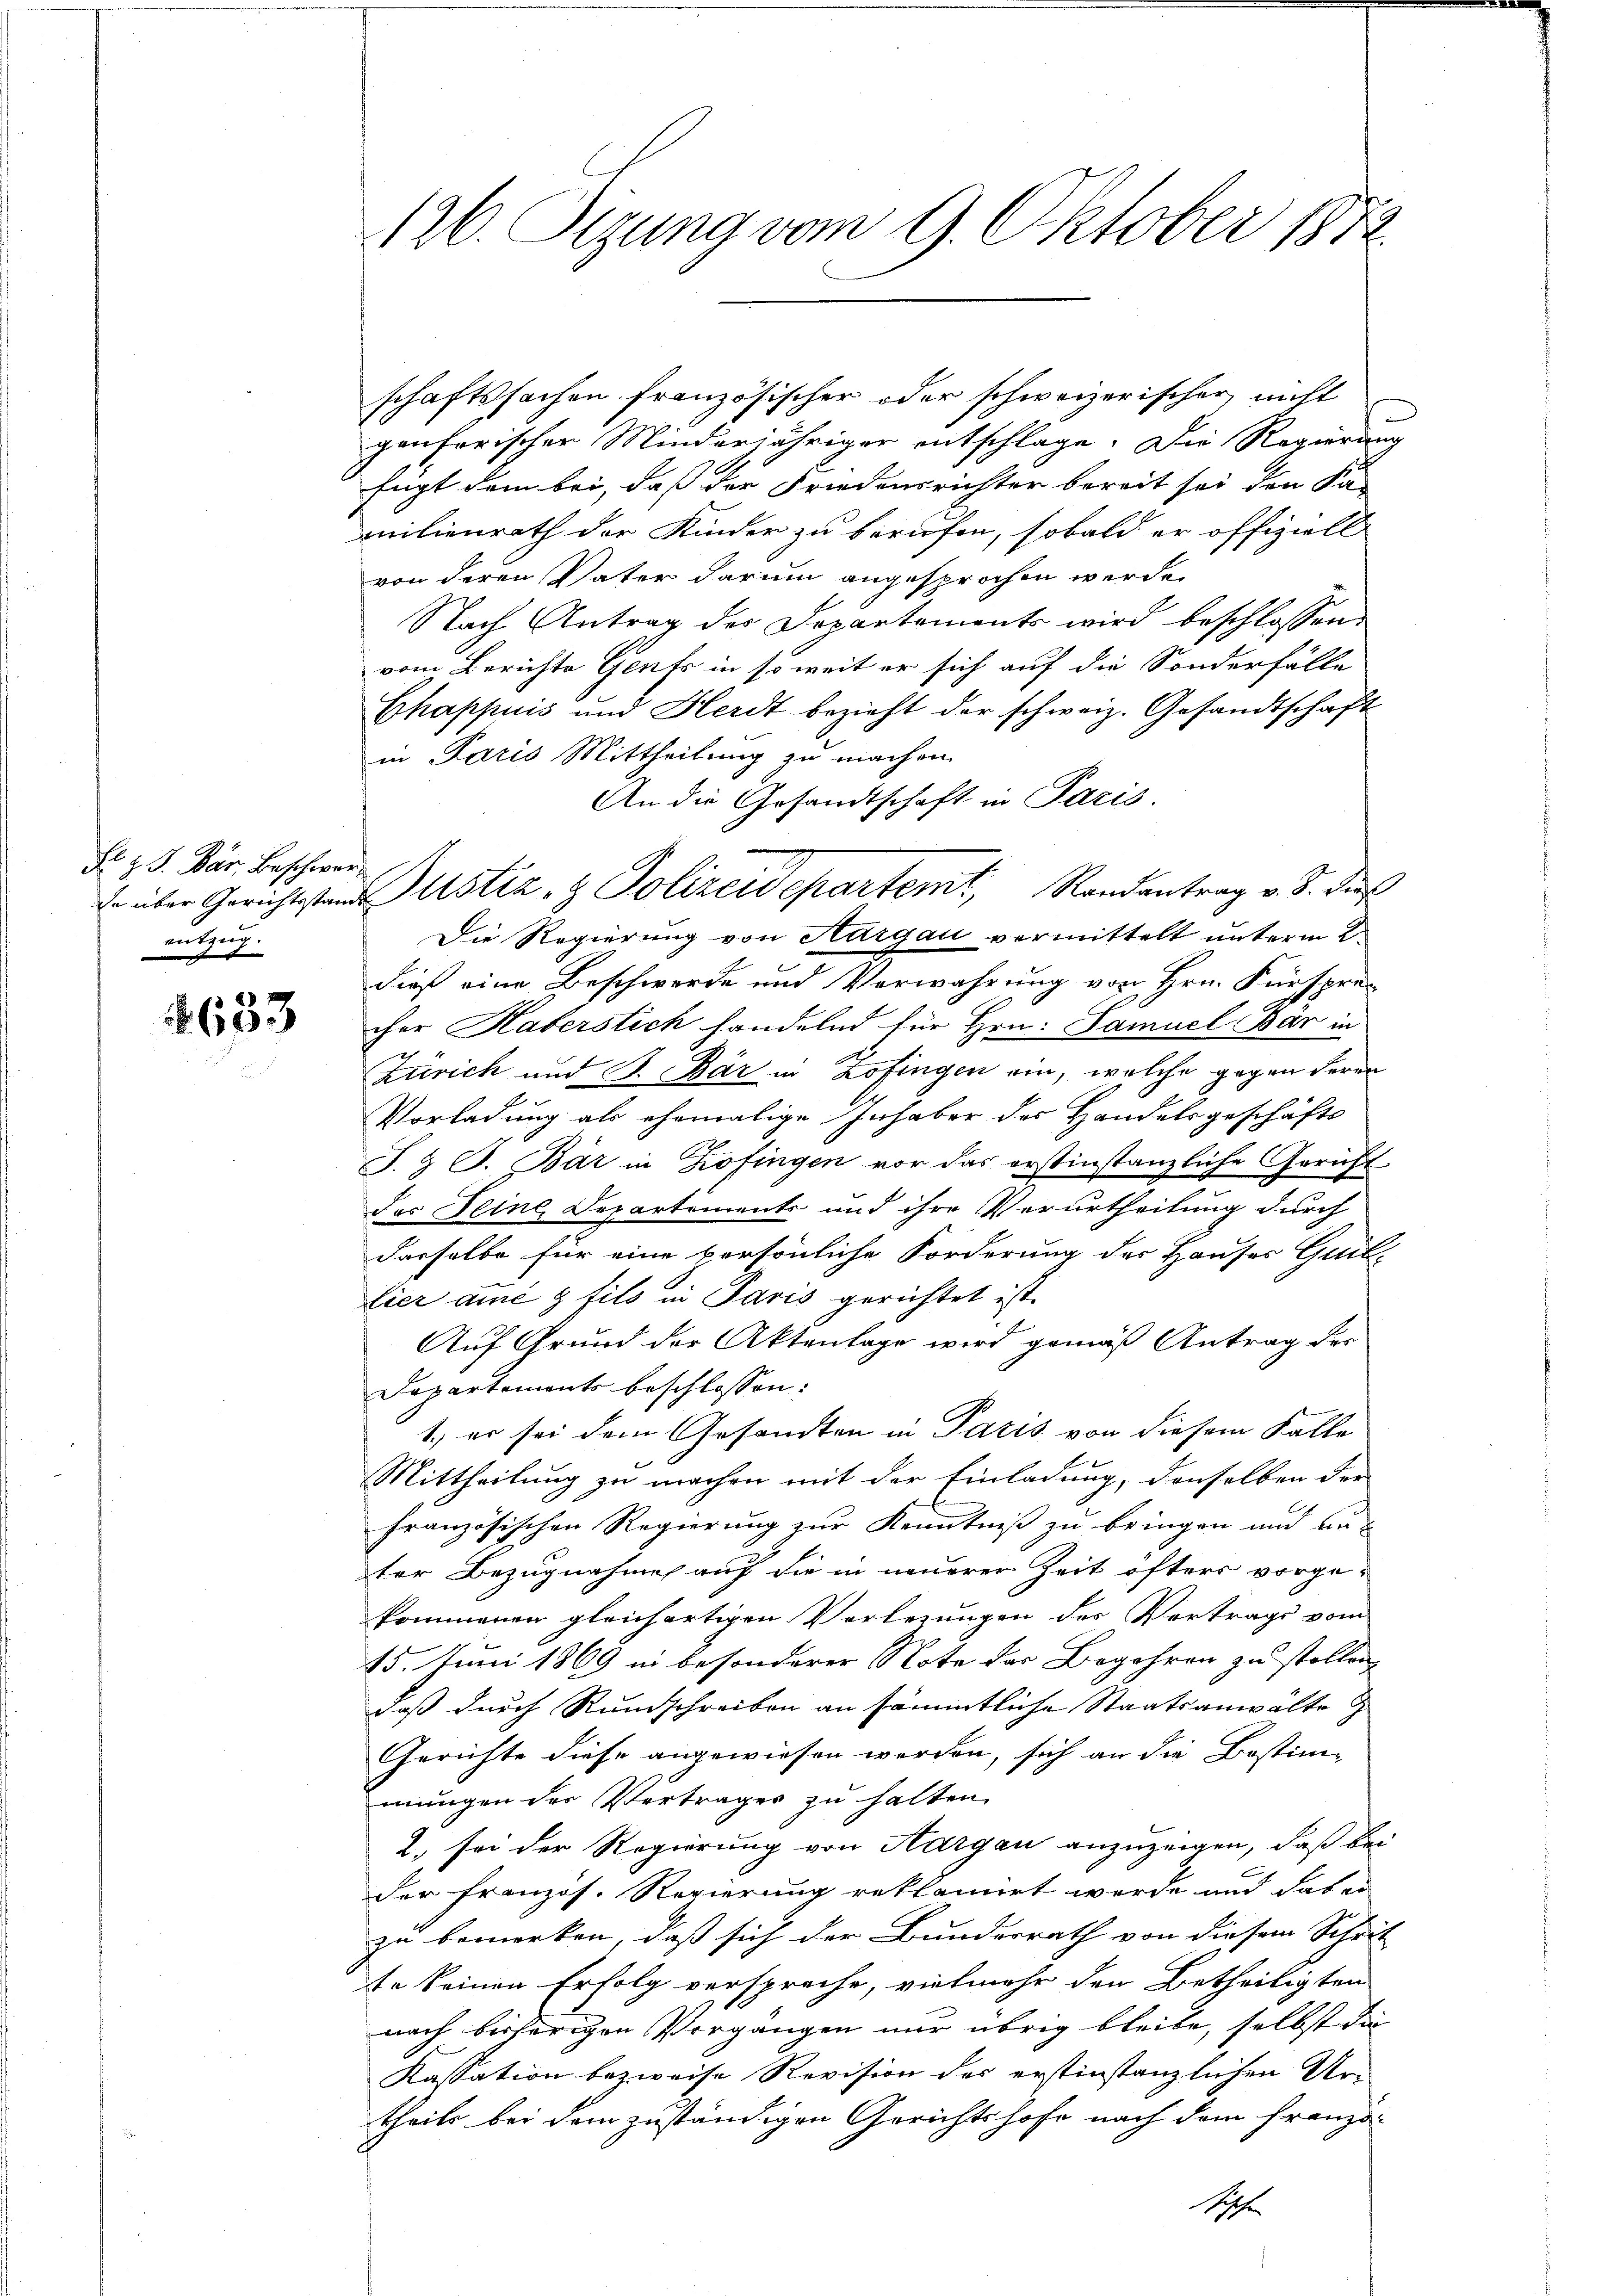
Sr H. J. Bär Beschwerz
vertig
 |
e

633

126. Sizung vom 9. Oktober 1872

schaftssachen französischer oder schweizerischer nicht
genferischer Minderjähriger entschlage. Die Regierung
fügt dem bei, daß der Friedensrichter bereit sei den Ka-
milienrath der Kinder zu berufen, sobald er offiziell
von deren Vater darum angesprochen werde.
Nach Antrag des Departements wird beschlossen:
vom Berichte Genfs in so weit er sich auf die Sonderfälle
Chappuis und Herdt bezieht der schweiz. Gesandtschaft
in Paris Mittheilung zu machen.
An die Gesandtschaft in Paris.
Die Regierung von Aargau vermittelt unterm 2
dieß eine Beschwerde und Verwahrung von Hrn. Fürspre-
cher Haberstich handelnd für Hrn. Samuel Bar in
Zürich und B. Bär in Zofingen ein, welche gegen deren
Vorladung als ehemalige Inhaber des Handelsgeschäfts
J. G. Bär in Zofingen vor das erstinstanzliche Gericht.
das eine Departements und ihre Verurtheilung durch
dasselbe für eine persönliche Forderung des Hauses Guil-
Eier ame & fils in Paris gerichtet ist.
Auf Grund der Aktenlage wird gemäß Antrag der
Departements beschlossen:
1.) er sei dem Gesandten in Paris von diesem Falle
Mittheilung zu machen mit der Einladung, denselben der
französischen Regierung zur Kenntniß zu bringen und au
ter Bezugnahme auf die in neuerer Zeit öfters vorgekommenen gleichartigen Verlegungen des Vertrags vom
15. Juni 1869 in besonderer Note der Begehren zu stollen,
daß durch Rundschreiben an sämmtliche Staatsanwälte
Gerichte diese angewiesen werden, sich an die Bestim-
mungen der Verträger zu halten.
2. sei der Regierung von Aargau anzuzeigen, daß bei
der französ. Regierung reklamirt werde und das er
zu bemerken, daß sich der Bundesrath von diesem Schrit
te Seinen Erfolg verspreche, vielmehr den Betheiligten
nach bisherigen Vorgängen nur übrig bleibe, selbst die
Kassation bezweife Revision des erstinstanzlichen Ur-
theils bei dem zuständigen Gerichtshofe nach dem Franzö-
Sch

de über Gerichtstand ustiz- & Polizeidepartemt, Randantrag v. 5. daß